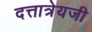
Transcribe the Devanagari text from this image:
दत्तात्रेयजी